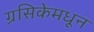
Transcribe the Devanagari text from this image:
ग्रसिकेमधून